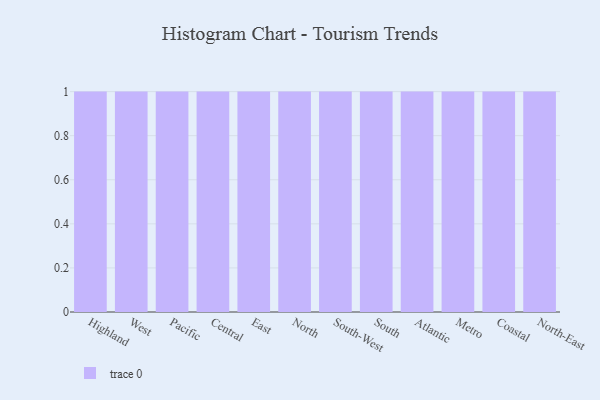
{"axis": {"x": "Region", "y": "Shipments"}, "legend": [""], "data": [{"x": "Highland", "y": 11, "type": ""}, {"x": "West", "y": 9, "type": ""}, {"x": "Pacific", "y": 26, "type": ""}, {"x": "Central", "y": 100, "type": ""}, {"x": "East", "y": 57, "type": ""}, {"x": "North", "y": 81, "type": ""}, {"x": "South-West", "y": 36, "type": ""}, {"x": "South", "y": 16, "type": ""}, {"x": "Atlantic", "y": 63, "type": ""}, {"x": "Metro", "y": 47, "type": ""}, {"x": "Coastal", "y": 12, "type": ""}, {"x": "North-East", "y": 93, "type": ""}]}